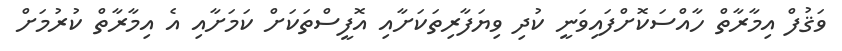
ވަޤުފް އިމާރާތް ހާއްސަކޮށްފައިވަނީ ކުދި ވިޔަފާރިތަކަށާއި އޮފީސްތަކަށް ކަމަށާއި އެ އިމާރާތް ކުރުމަށް